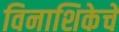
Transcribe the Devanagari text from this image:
विनाशिकेचे